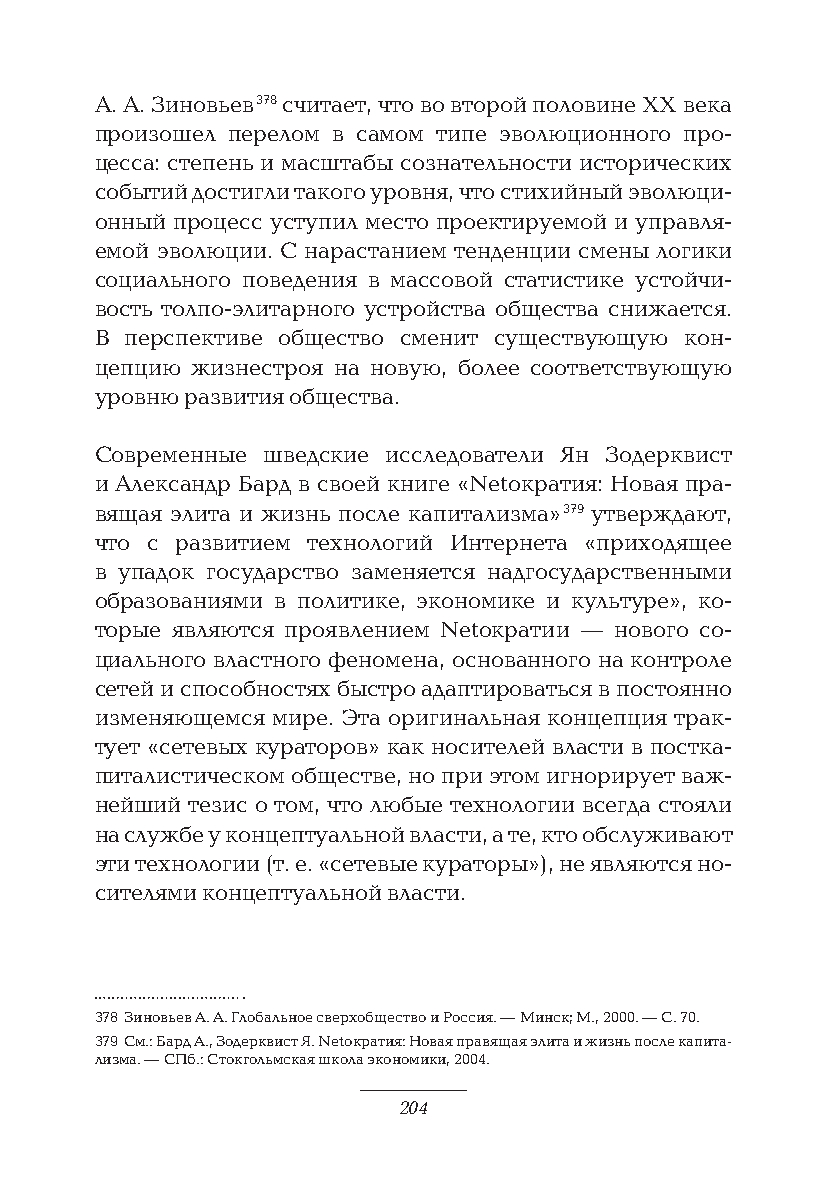
А. А. Зиновьев 378 считает, что во второй половине XX века
 произошел перелом в самом типе эволюционного про-
 цесса: степень и масштабы сознательности исторических
 событий достигли такого уровня, что стихийный эволюци-
 онный процесс уступил место проектируемой и управля-
 емой эволюции. С нарастанием тенденции смены логики
 социального поведения в массовой статистике устойчи-
 вость толпо-элитарного устройства общества снижается.
 В перспективе общество сменит существующую кон-
 цепцию жизнестроя на новую, более соответствующую
 уровню развития общества.
 Современные шведские исследователи Ян Зодерквист
 и Александр Бард в своей книге «Netократия: Новая пра-
 вящая элита и жизнь после капитализма» 379 утверждают,
 что с развитием технологий Интернета «приходящее
 в упадок государство заменяется надгосударственными
 образованиями в политике, экономике и культуре», ко-
 торые являются проявлением Netократии — нового со-
 циального властного феномена, основанного на контроле
 сетей и способностях быстро адаптироваться в постоянно
 изменяющемся мире. Эта оригинальная концепция трак-
 тует «сетевых кураторов» как носителей власти в постка-
 питалистическом обществе, но при этом игнорирует важ-
 нейший тезис о том, что любые технологии всегда стояли
 на службе у концептуальной власти, а те, кто обслуживают
 эти технологии (т. е. «сетевые кураторы»), не являются но-
 сителями концептуальной власти.
 378 Зиновьев А. А. Глобальное сверхобщество и Россия. — Минск; М., 2000. — С. 70.
 379 См.: Бард А., Зодерквист Я. Netократия: Новая правящая элита и жизнь после капита-
 лизма. — СПб.: Стокгольмская школа экономики, 2004.
 204